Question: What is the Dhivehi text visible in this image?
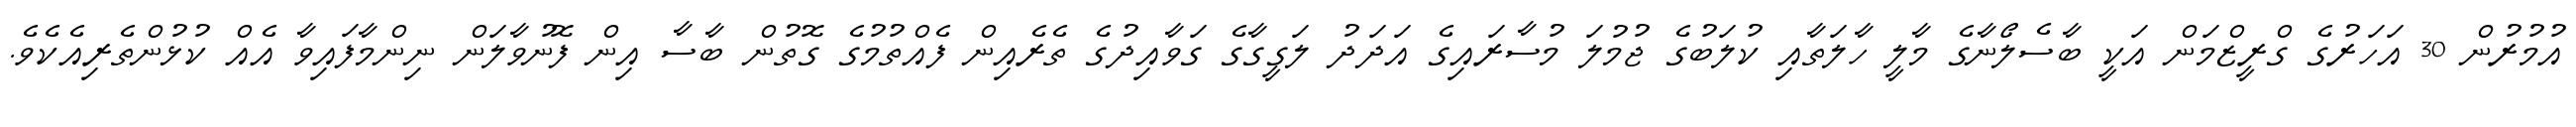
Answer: އުމުރުން 30 އަހަރުގެ ގްރީޒްމަން އަކީ ބާސެލޯނާގެ މާލީ ހާލަތާއި ކުލަބުގެ ޖުމުލަ މުސާރައިގެ އަދަދު ލަގީގާގެ ގަވާއިދުގެ ތެރެއިން ފެއްތުމުގެ ގޮތުން ބާސާ އިން ފޮނުވާލަން ނިންމާފައިވާ އެއް ކުޅުންތެރިއެކެވެ.